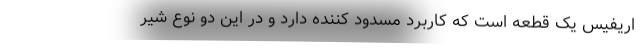
اریفیس یک قطعه است که کاربرد مسدود کننده دارد و در این دو نوع شیر